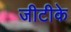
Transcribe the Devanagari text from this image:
जीटीके